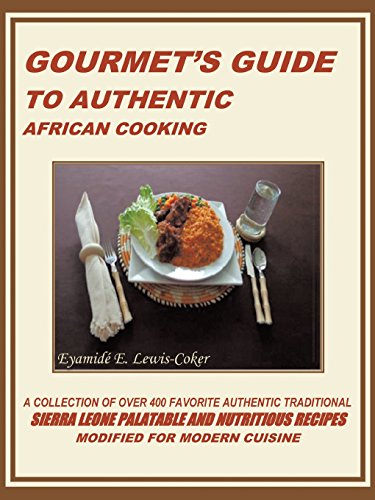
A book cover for GOURMET'S GUIDE TO AUTHENTIC AFRICAN COOKING; EyamidÃ© E. Lewis-Coker; Crafts, Hobbies & Home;